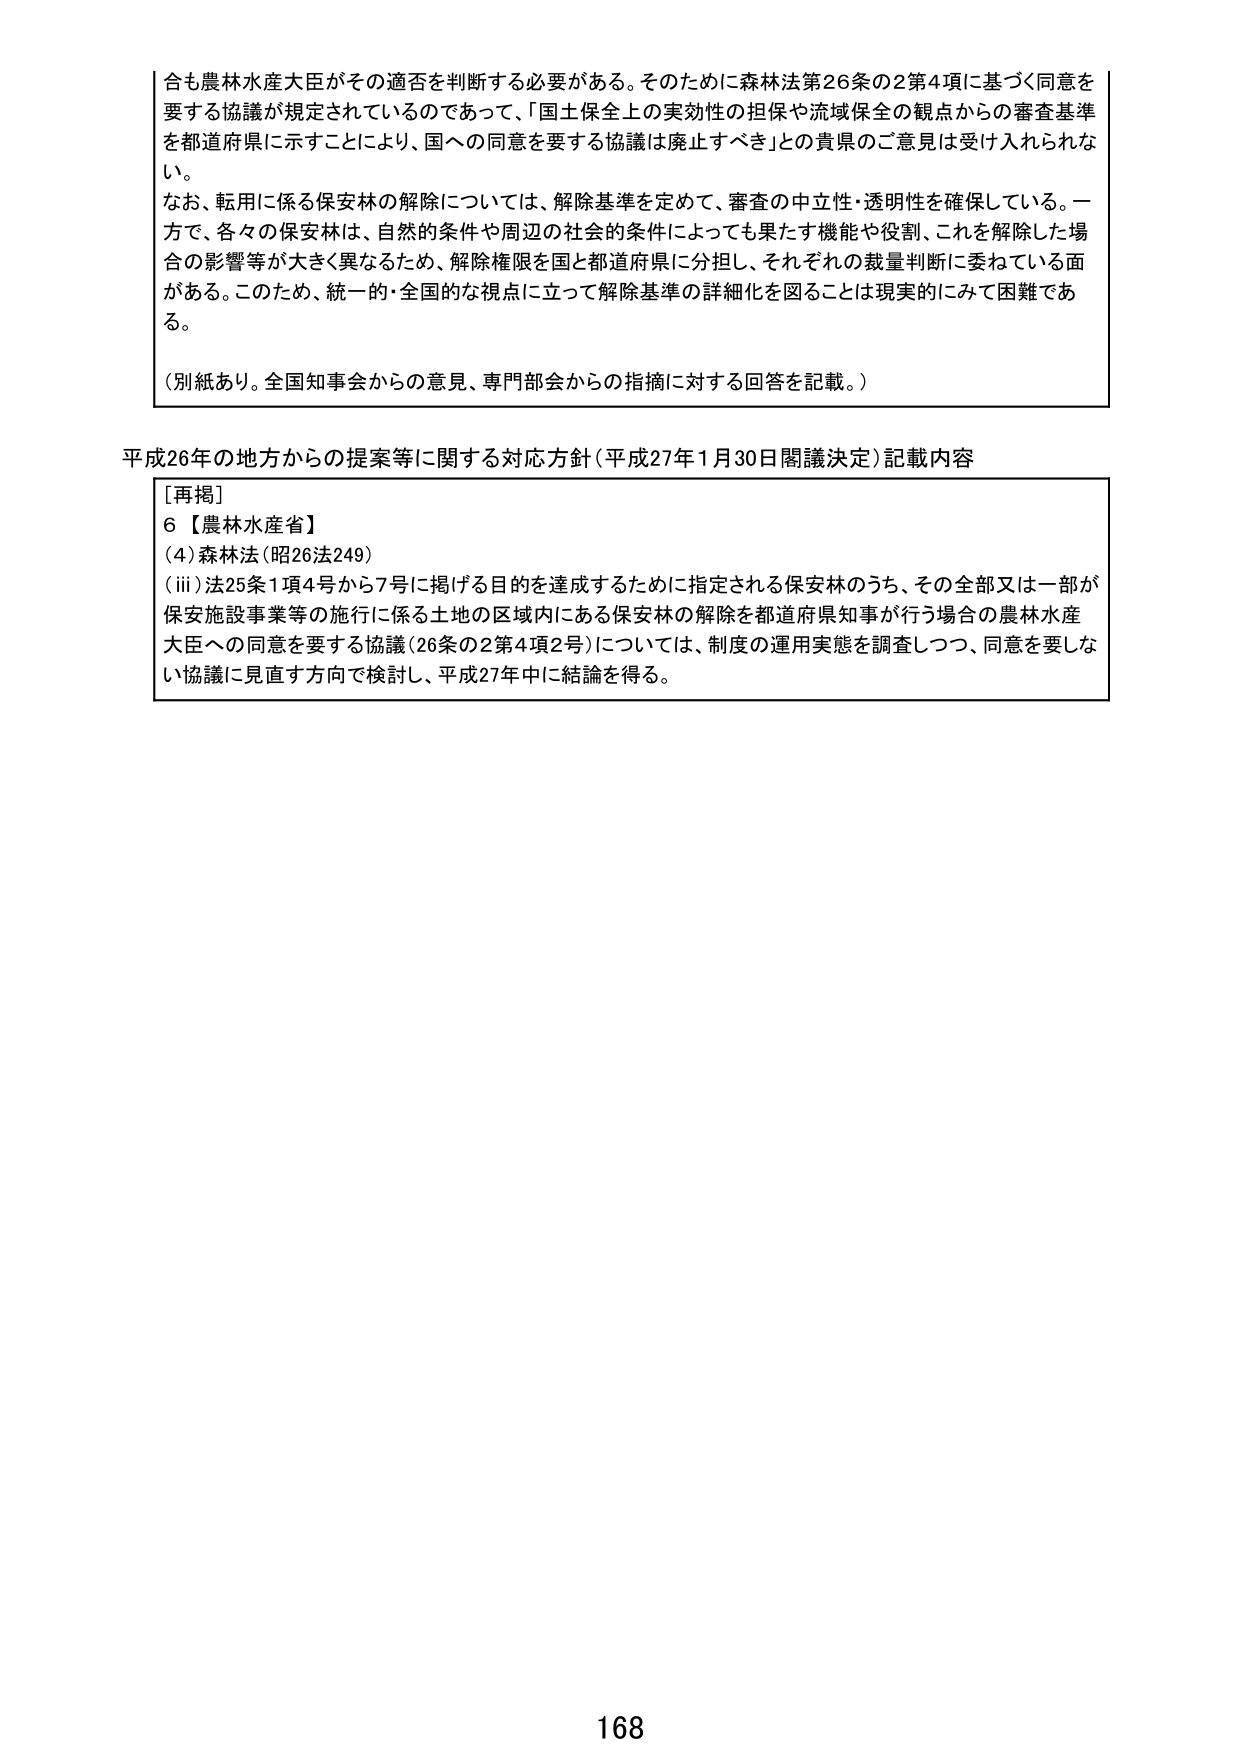
合も農林水産大臣がその適否を判断する必要がある。そのためには森林法第26条の2第4項に基づく同意を要する協議が規定されているのであって、「国土保全上の実効性の担保や流域保全の観点からの審査基準を都道府県に示すことにより、国への同意を要する協議は廃止すべき」との貴県のご意見は受け入れられない。

なお、転用に係る保安林の解除については、解除基準を定めて、審査の中立性・透明性を確保している。一方で、各々の保安林は、自然的条件や周辺の社会的条件によっても果たす機能や役割、これを解除した場合の影響等が大きく異なるため、解除権限を国と都道府県に分担し、それぞれの裁量判断に委ねている面がある。このため、統一的・全国的な視点に立って解除基準の詳細化を図ることは現実的にみて困難である。

（別紙あり。全国知事会からの意見、専門部会からの指摘に対する回答を記載。）

平成26年の地方からの提案等に関する対応方針（平成27年1月30日閣議決定）記載内容

[再掲]
6【農林水産省】
(4) 森林法（昭26法249）
(iii) 法25条1項4号から7号に掲げる目的を達成するために指定される保安林のうち、その全部又は一部が保全施設事業等の施行に係る土地の区域内にある保安林の解除を都道府県知事が行う場合の農林水産大臣への同意を要する協議（26条の2第4項2号）については、制度の運用実態を調査しつつ、同意を要しない協議に見直す方向で検討し、平成27年中に結論を得る。

168